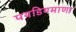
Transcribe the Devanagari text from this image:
पयडियमाणा